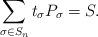
LaTeX: \begin{align*}\sum_{\sigma \in S_n} t_{\sigma} P_{\sigma} = S.\end{align*}